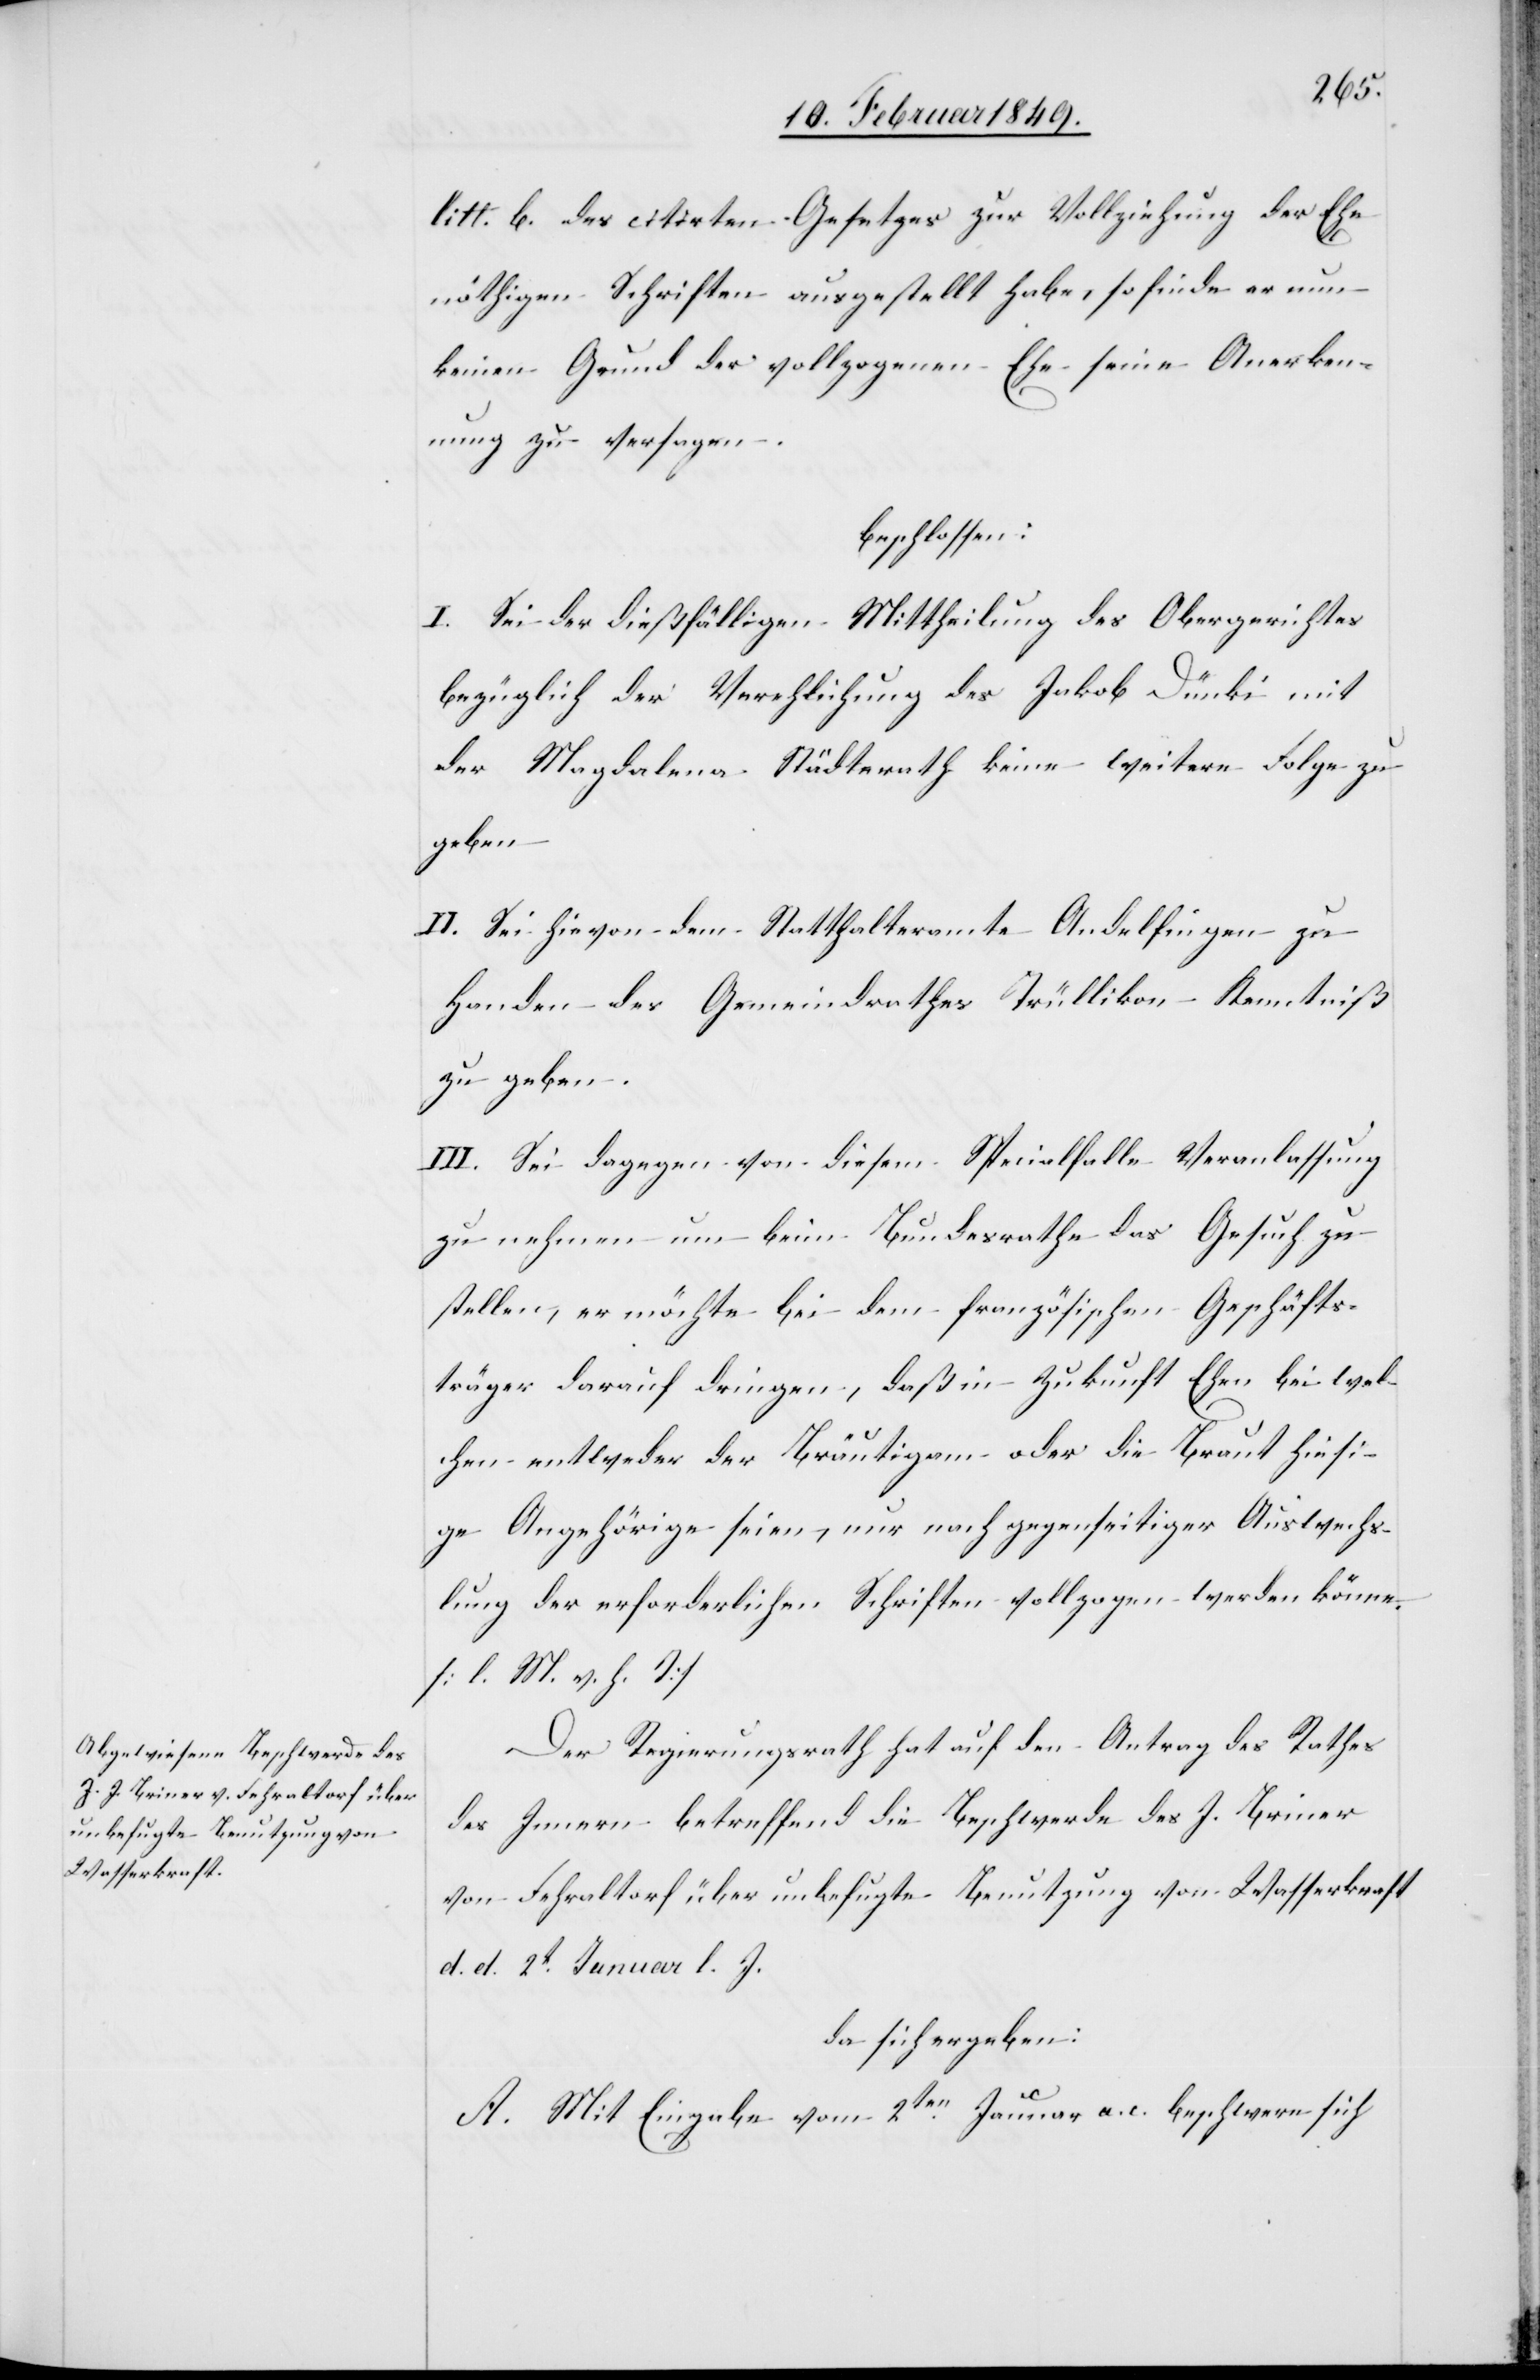
litt. b. des citirten Gesetzes zur Vollziehung der Ehe
nöthigen Schriften ausgestellt habe, so finde er nun
keinen Grund der vollzogenen Ehe seine Anerken¬
nung zu versagen.
beschlossen:
I. Sei der dießfälligen Mittheilung des Obergerichtes
bezüglich der Verehlichung des Jakob Dünki mit
der Magdalena Städterath keine weitere Folge zu
geben
II. Sei hievon dem Statthalteramte Andelfingen zu
Handen des Gemeindrathes Trüllikon Kenntniß
zu geben.
III. Sei dagegen von diesem Specialfalle Veranlassung
zu nehmen um beim Bundesrathe das Gesuch zu
stellen, er möchte bei dem französischen Geschäfts¬
träger darauf dringen, daß in Zukunft Ehen bei wel¬
chen entweder der Bräutigam oder die Braut hiesi¬
ge Angehörige seien, nur nach gegenseitiger Auswechs¬
lung der erforderlichen Schriften vollzogen werden könne
[l. M. v. h. T]
Der Regierungsrath hat auf den Antrag des Rathes
des Innern betreffend die Beschwerde des J. Briner
von Fehraltorf über unbefugte Benutzung von Wasserkraft
d. d. 2t. Januar l. J.
da sich ergeben:
A. Mit Eingabe vom 2ten. Januar a. c. beschwere sich